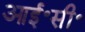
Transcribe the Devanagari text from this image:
आई॰सी॰